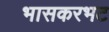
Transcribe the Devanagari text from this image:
भासकरभट